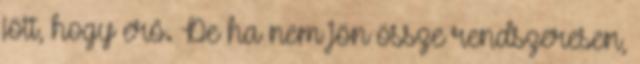
jött, hogy erő. De ha nem jön össze rendszeresen,